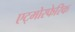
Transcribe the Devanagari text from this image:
एट्मोस्फेरिक